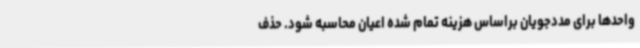
واحدها برای مددجویان براساس هزینه تمام شده اعیان محاسبه شود. حذف